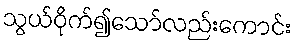
သွယ်ဝိုက်၍သော်လည်းကောင်း